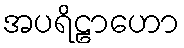
အပရိဠာဟော